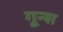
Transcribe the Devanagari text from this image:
गून्स